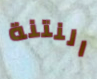
النتنة